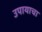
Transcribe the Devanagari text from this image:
उपायाचा